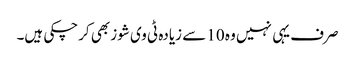
صرف یہی نہیں وہ 10 سے زیادہ ٹی وی شوز بھی کرچکی ہیں۔